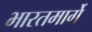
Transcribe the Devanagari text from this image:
भारतमार्गे